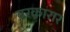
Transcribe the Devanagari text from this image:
बरकारार